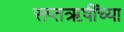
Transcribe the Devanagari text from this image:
सप्तऋषींच्या